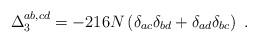
LaTeX: \begin{align*}\Delta_3^{ab,cd} = -216 N \left(\delta_{ac}\delta_{bd}+\delta_{ad}\delta_{bc}\right)\ .\end{align*}